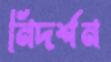
নিদর্শন